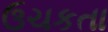
ઉચકતા